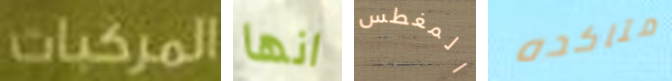
المركبات انها المغطس متاكده